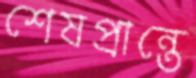
শেষপ্রান্তে